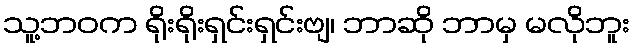
သူ့ဘဝက ရိုးရိုးရှင်းရှင်းဗျ၊ ဘာဆို ဘာမှ မလိုဘူး